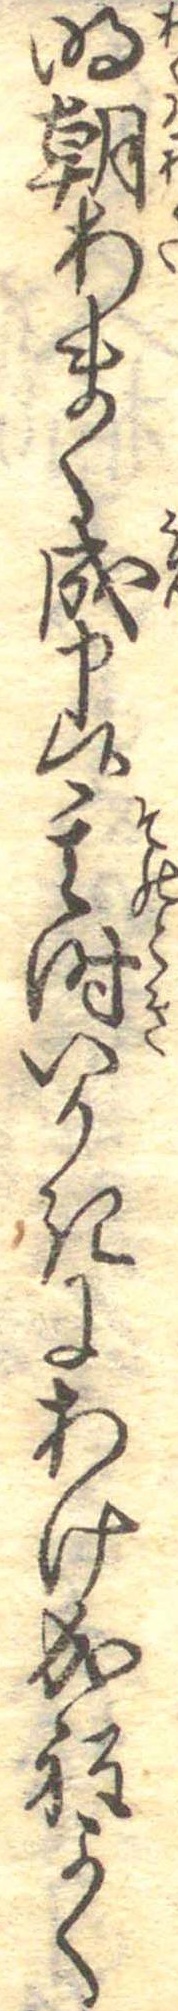
明朝あまく成申候其時いかきにあけ成程よく